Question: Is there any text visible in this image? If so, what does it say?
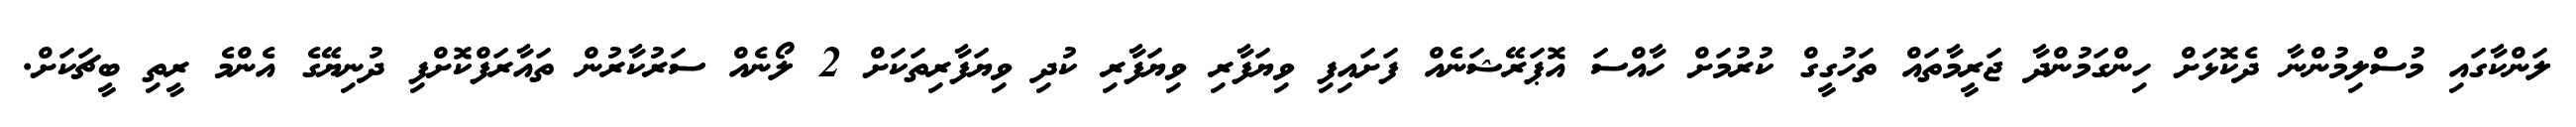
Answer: ލަންކާގައި މުސްލިމުންނާ ދެކޮޅަށް ހިންގަމުންދާ ޖަރީމާތައް ތަހުގީގް ކުރުމަށް ހާއްސަ އޮޕަރޭޝަނެއް ފަށައިފި ވިޔަފާރި ވިޔަފާރި ކުދި ވިޔަފާރިތަކަށް 2 ލޯނެއް ސަރުކާރުން ތައާރަފްކޮށްފި ދުނިޔޭގެ އެންމެ ރީތި ބީޗަކަށް.